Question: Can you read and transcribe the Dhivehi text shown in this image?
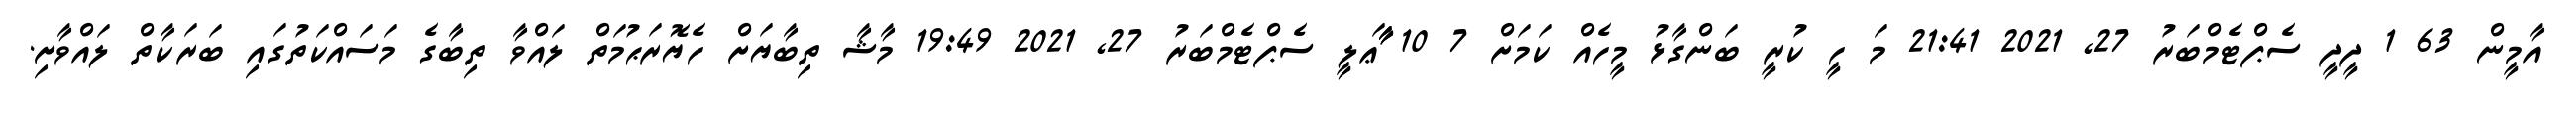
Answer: އާމީން 63 1 ދީދީ ސެޕްޓެމްބަރު 27, 2021 21:41 މަ ހީ ކުރީ ބަންގާޅު މީހެއް ކަމަށް 7 10 ާާާޢަލީ ސެޕްޓެމްބަރު 27, 2021 19:49 މާޝާ ތިބާޔަށް ހެޔޮރަޙުމަތް ލައްވާ ތިބާގެ މަސައްކަތުގައި ބަރަކާތް ލައްވާށި.